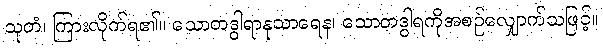
သုတံ၊ ကြားလိုက်ရ၏။ သောတဒွါရာနုသာရေန၊ သောတဒွါရကိုအစဉ်လျှောက်သဖြင့်။